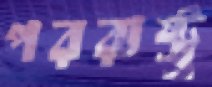
পররাষ্ট্র্র